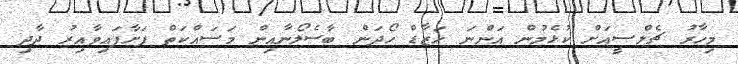
މިހާރު ޗެލްސީއަށް ކުޅެމުން އަންނަ ހަޒާޑް ހޯދަން ބާސެލޯނާއިން މަސައްކަތް ފަށާފައިވާއިރު ދާދި